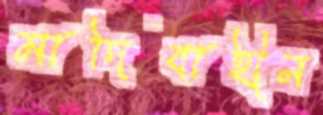
মাদিবাহীন